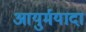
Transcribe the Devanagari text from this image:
आयुर्मयादा